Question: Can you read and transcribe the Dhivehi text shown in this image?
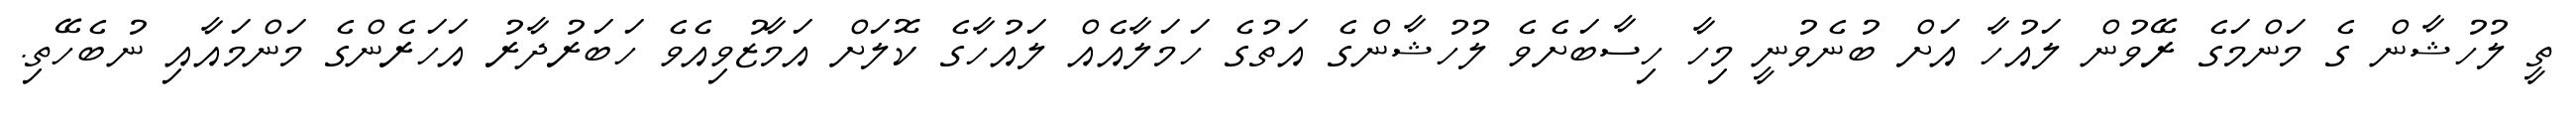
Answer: ތީ ލުހުޝާން ގެ މަންމަގެ ރޭވުން ލައުހާ އަށް ބުނެވުނީ މިހާ ހިސާބަށެވެ ލުހުޝާންގެ އަތުގެ ހަމަލާއެއް ލައުހާގެ ކޮލަށް އަމާޒުވިއެވެ ހަބަރުދާރު އަހަރެންގެ މަންމައާއި ނުބެހޭތި.